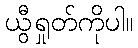
ယွီရှုတ်ကိုပါ။